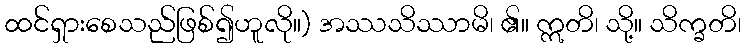
ထင်ရှားစေသည်ဖြစ်၍ဟူလို။) အဿသိဿာမိ၊ ၏။ ဣတိ၊ သို့။ သိက္ခတိ၊